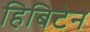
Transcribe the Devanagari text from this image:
हिबिटेन